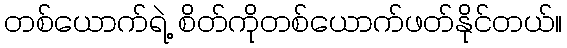
တစ်ယောက်ရဲ့ စိတ်ကိုတစ်ယောက်ဖတ်နိုင်တယ်။